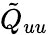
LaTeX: \tilde{Q}_{uu}